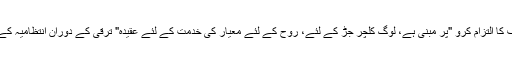
کمپنی ہمیشہ اورانصاف کا التزام کرو "پر مبنی ہے، لوگ کلچر جڑ کے لئے، روح کے لئے معیار کی خدمت کے لئے عقیدہ" ترقی کے دوران انتظامیہ کے نظریہ کے طور پر ۔